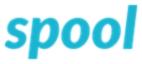
spool